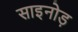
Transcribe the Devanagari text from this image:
साइनोड़